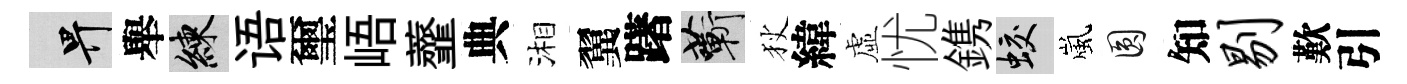
畀舉練语璽峿虀典湘翼躇蔪狄緯虛忧鎸蛟嵐圓知剔歎引